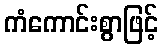
ကံကောင်းစွာဖြင့်